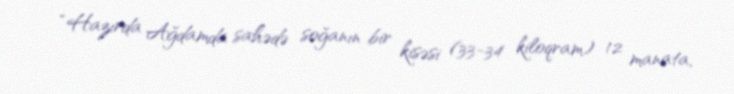
“Hazırda Ağdamda sahədə soğanın bir kisəsi (33-34 kiloqram) 12 manata,